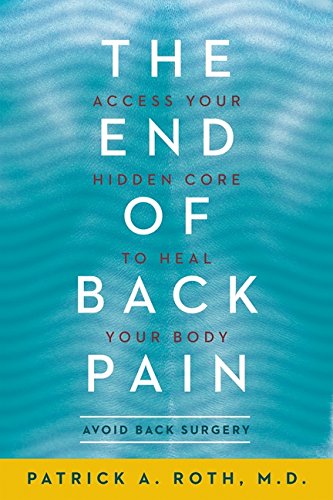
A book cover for The End of Back Pain: Access Your Hidden Core to Heal Your Body; Patrick Roth; Health, Fitness & Dieting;